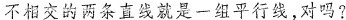
不相交的两条直线就是一组平行线，对吗?